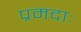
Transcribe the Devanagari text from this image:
प्रमदाः